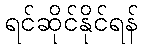
ရင်ဆိုင်နိုင်ရန်